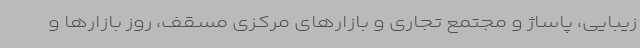
زیبایی، پاساژ و مجتمع تجاری و بازارهای مرکزی مسقف، روز بازارها و